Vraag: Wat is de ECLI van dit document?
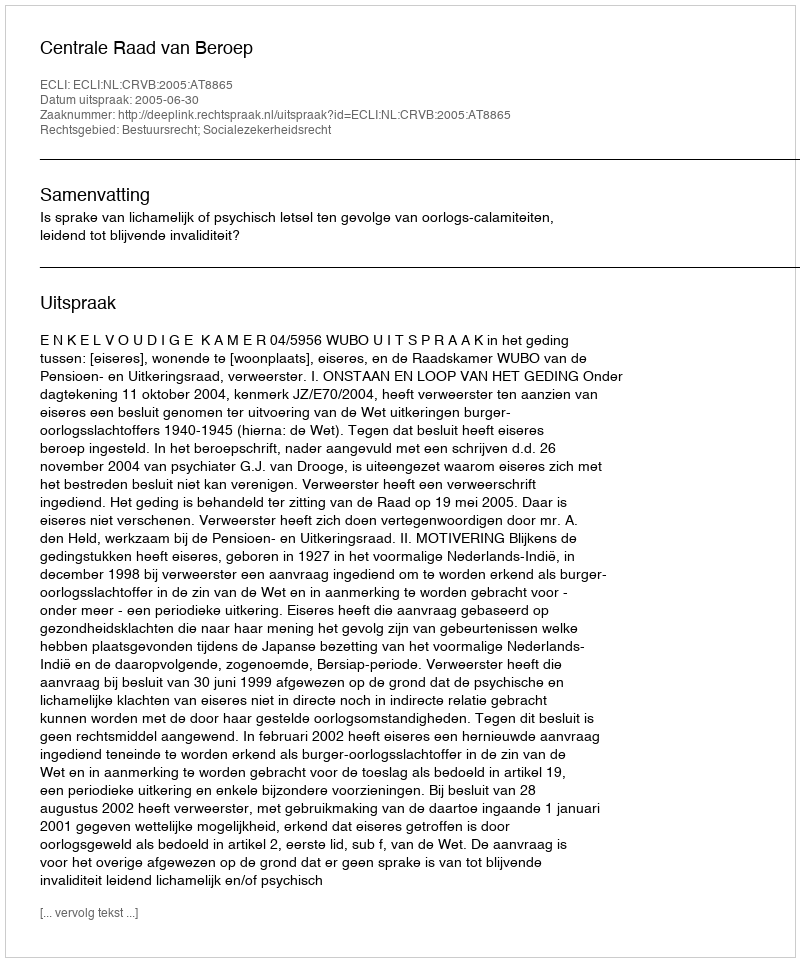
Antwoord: ECLI:NL:CRVB:2005:AT8865